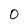
Character: 0